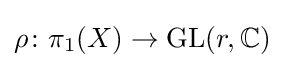
\rho \colon \pi _{1}(X)\to \operatorname {GL} (r,\mathbb {C} )